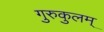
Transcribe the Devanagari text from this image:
गुरुकुलम्